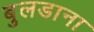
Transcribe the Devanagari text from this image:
बुलडाना